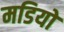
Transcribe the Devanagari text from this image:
मडियों